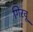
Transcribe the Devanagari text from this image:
गिरवू